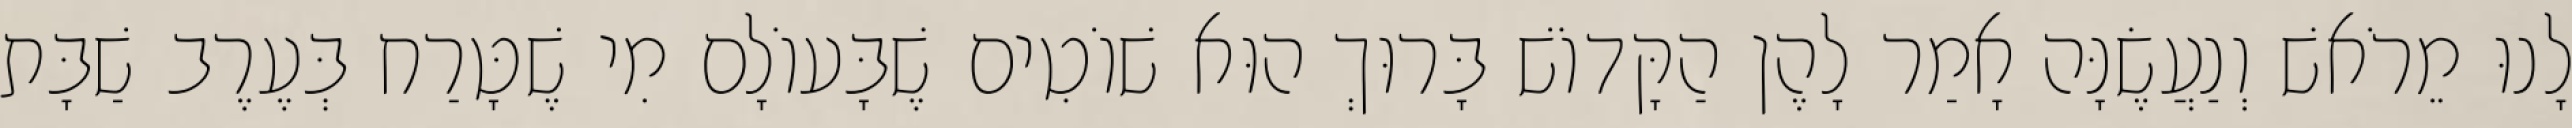
לָנוּ מֵרֹאשׁ וְנַעֲשֶׂנָּה אָמַר לָהֶן הַקָּדוֹשׁ בָּרוּךְ הוּא שׁוֹטִים שֶׁבָּעוֹלָם מִי שֶׁטָּרַח בְּעֶרֶב שַׁבָּת